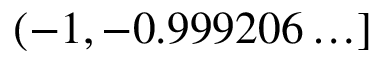
( - 1 , - 0 . 9 9 9 2 0 6 \ldots ]